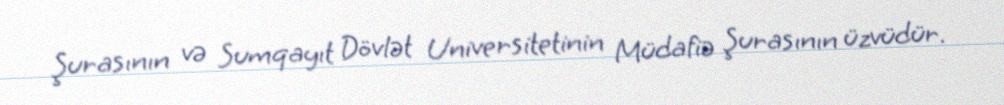
Şurasının və Sumqayıt Dövlət Universitetinin Müdafiə Şurasının üzvüdür.